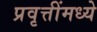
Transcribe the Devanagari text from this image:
प्रवृत्तींमध्ये